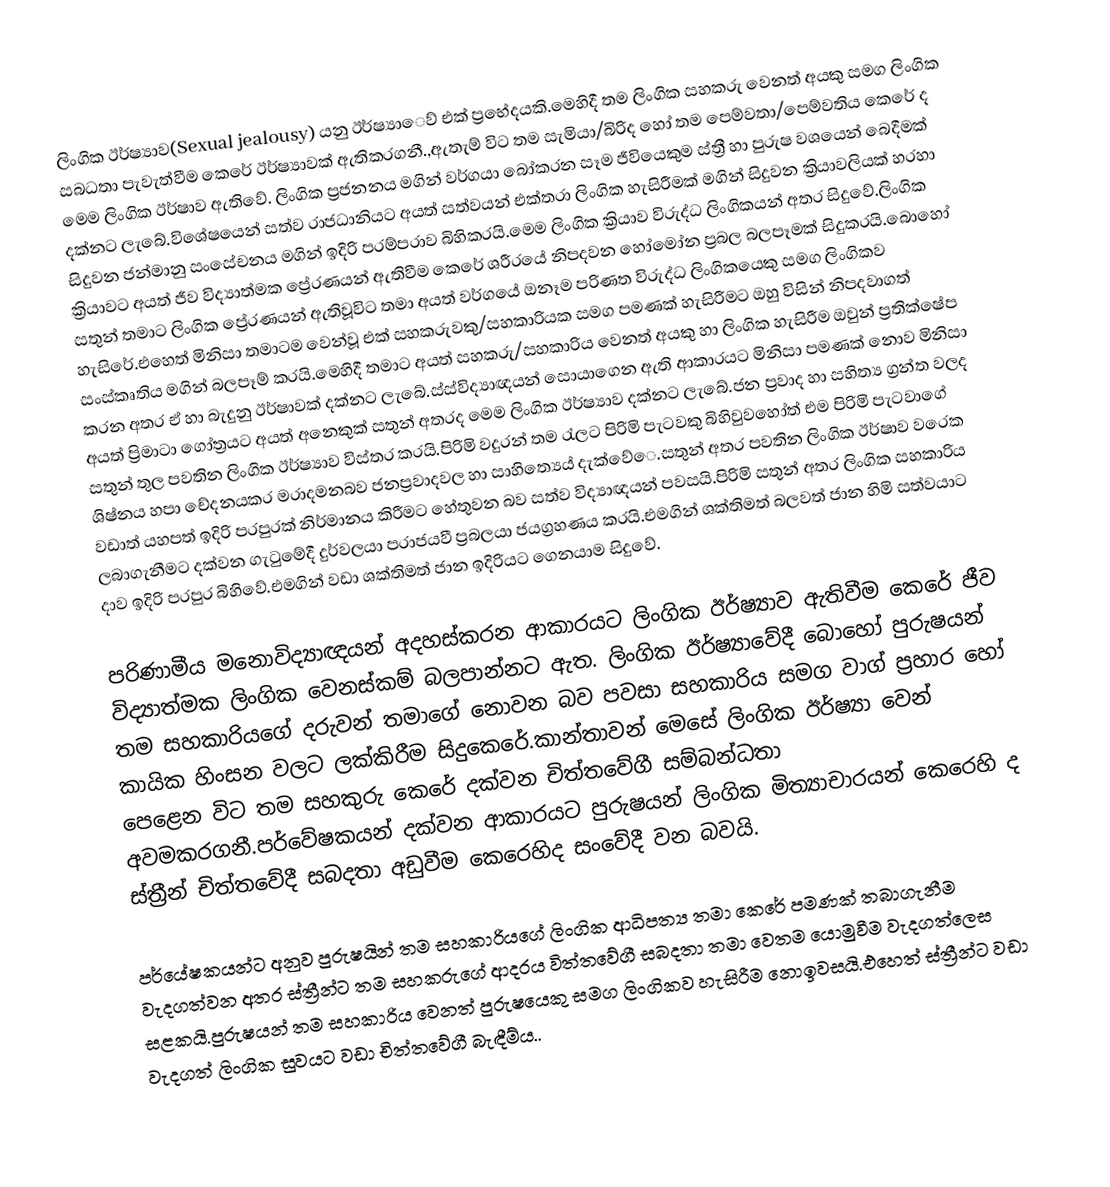
ලිංගික ඊර්ෂ්‍යාව(Sexual jealousy) යනු ඊර්ෂ්‍යාෙව් එක් ප්‍රභේදයකි.මෙහිදී තම ලිංගික සහකරු වෙනත් අයකු සමග ලිංගික සබධතා පැවැත්වීම කෙරේ ඊර්ෂ්‍යාවක් ඇතිකරගනී.,ඇතැම් විට තම සැමියා/බිරිද හෝ තම පෙම්වතා/පෙම්වතිය කෙරේ ද මෙම ලිංගික ඊර්ෂාව ඇතිවේ. ලිංගික ප්‍රජනනය මගින් වර්ගයා බෝකරන සෑම ජීවියෙකුම ස්ත්‍රී හා පුරුෂ වශයෙන් බෙදීමක් දක්නට ලැබේ.විශේෂයෙන් සත්ව රාජධානියට අයත් සත්වයන් එක්තරා ලිංගික හැසිරීමක් මගින් සිදුවන ක්‍රියාවලියක් හරහා සිදුවන ජන්මානු සංසේචනය මගින් ඉදිරි පරම්පරාව බිහිකරයි.මෙම ලිංගික ක්‍රියාව විරුද්ධ ලිංගිකයන් අතර සිදුවේ.ලිංගික ක්‍රියාවට අයත් ජීව විද්‍යාත්මක ප්‍රේරණයන් ඇතිවීම කෙරේ ශරීරයේ නිපදවන හෝමෝන ප්‍රබල බලපෑමක් සිදුකරයි.බොහෝ සතුන් තමාට ලිංගික ප්‍රේරණයන් ඇතිවූවිට තමා අයත් වර්ගයේ ඔනෑම පරිණත විරුද්ධ ලිංගිකයෙකු සමග ලිංගිකව හැසිරේ.එහෙත් මිනිසා තමාටම වෙන්වූ එක් සහකරුවකු/සහකාරියක සමග පමණක් හැසිරීමට ඔහු විසින් නිපදවාගත් සංස්කෘතිය මගින් බලපෑම් කරයි.මෙහිදී තමාට අයත් සහකරු/සහකාරිය වෙනත් අයකු හා ලිංගික හැසිරීම ඔවුන් ප්‍රතික්ෂේප කරන අතර ඒ හා බැදුනු ඊර්ෂාවක් දක්නට ලැබේ.ස්ස්විද්‍යාඥයන් සොයාගෙන ඇති ආකාරයට මිනිසා පමණක් නොව මිනිසා අයත් ප්‍රිමාටා ගෝත්‍රයට අයත් අනෙකුක් සතුන් අතරද මෙම ලිංගික ඊර්ෂ්‍යාව දක්නට ලැබේ.ජන ප්‍රවාද හා සහිත්‍ය ග්‍රන්ත වලද සතුන් තුල පවතින ලිංගික ඊර්ෂ්‍යාව විස්තර කරයි.පිරිමි වදුරන් තම රැලට පිරිමි පැටවකු බිහිවුවහෝත් එම පිරිමි පැටවාගේ ශිෂ්නය හපා චේදනයකර මරාදමනබව ජනප්‍රවාදවල හා සාහිත්‍යෙය් දැක්වේෙ.සතුන් අතර පවතින ලිංගික ඊර්ෂාව වරෙක වඩාත් යහපත් ඉදිරි පරපුරක් නිර්මානය කිරීමට හේතුවන බව සත්ව විද්‍යාඥයන් පවසයි.පිරිමි සතුන් අතර ලිංගික සහකාරිය ලබාගැනීමට දක්වන ගැටුමේදී දුර්වලයා පරාජයවී ප්‍රබලයා ජයග්‍රහණය කරයි.එමගින් ශක්තිමත් බලවත් ජාන හිමි සත්වයාට දාව ඉදිරි පරපුර බිහිවේ.එමගින් වඩා ශක්තිමත් ජාන ඉදිරියට ගෙනයාම සිදුවේ.

පරිණාමීය මනොවිද්‍යාඥයන්  අදහස්කරන ආකාරයට ලිංගික ඊර්ෂ්‍යාව ඇතිවීම කෙරේ ජීව විද්‍යාත්මක ලිංගික වෙනස්කම් බලපාන්නට ඇත. ලිංගික ඊර්ෂ්‍යාවේදී බොහෝ පුරුෂයන් තම සහකාරියගේ දරුවන් තමාගේ නොවන බව පවසා සහකාරිය සමග වාග් ප්‍රහාර හෝ කායික හිංසන වලට ලක්කිරීම සිදුකෙරේ.කාන්තාවන් මෙසේ ලිංගික ඊර්ෂ්‍යා වෙන් පෙළෙන විට තම සහකුරු කෙරේ දක්වන චිත්තවේගී සම්බන්ධතා අවමකරගනී.පර්වේෂකයන් දක්වන ආකාරයට පුරුෂයන් ලිංගික මිත්‍යාචාරයන් කෙරෙහි ද ස්ත්‍රීන් චිත්තවේදී සබදතා අඩුවීම කෙරෙහිද  සංවේදී වන බවයි.

පර්යේෂකයන්ට අනුව පුරුෂයින් තම සහකාරියගේ ලිංගික ආධිපත්‍ය තමා කෙරේ පමණක් තබාගැනීම වැදගත්වන අතර ස්ත්‍රීන්ට තම සහකරුගේ ආදරය විත්තවේගී සබදතා තමා වෙතම යොමුවීම වැදගත්ලෙස සළකයි.පුරුෂයන් තම සහකාරිය වෙනත් පුරුෂයෙකු සමග ලිංගිකව හැසිරීම නොඉවසයි.එහෙත් ස්ත්‍රීන්ට වඩා වැදගත් ලිංගික සුවයට වඩා චිත්තවේගී බැඳීම්ය..